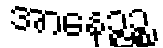
အာနေဉ္ဇဉ္စ